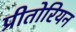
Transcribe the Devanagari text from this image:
प्रीतोरियन